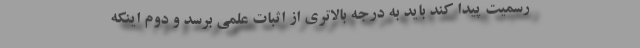
رسمیت پیدا کند باید به درجه بالاتری از اثبات علمی برسد و دوم اینکه